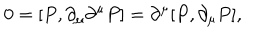
0 = [ P , \partial _ { \mu } \partial ^ { \mu } P ] = \partial ^ { \mu } [ P , \partial _ { \mu } P ] ,